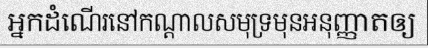
អ្នកដំណើរនៅកណ្តាលសមុទ្រមុនអនុញ្ញាតឲ្យ